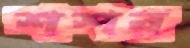
শশর